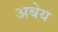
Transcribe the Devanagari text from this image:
अबेय